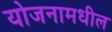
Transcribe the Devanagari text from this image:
योजनामधील